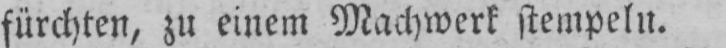
fürchten, zu einem Machwerk stempeln.